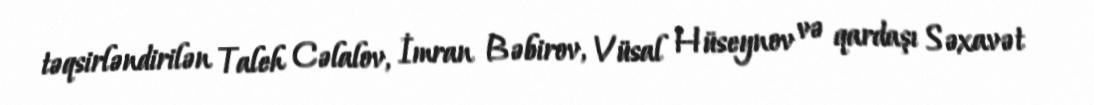
təqsirləndirilən Taleh Cəlalov, İmran Bəbirov, Vüsal Hüseynov və qardaşı Səxavət